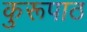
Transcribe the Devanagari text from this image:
कुरूपाठ